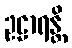
ဥဠာရန္တိ